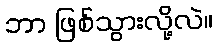
ဘာ ဖြစ်သွားလို့လဲ။